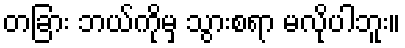
တခြား ဘယ်ကိုမှ သွားစရာ မလိုပါဘူး။